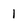
Character: 1